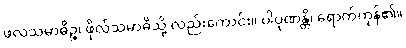
ဖလသမာဓိဉ္စ၊ ဖိုလ်သမာဓိသို့ လည်းကောင်း။ ပါပုဏန္တိ၊ ရောက်ကုန်၏။